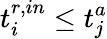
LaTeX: t_{i}^{r,in}\leq t_{j}^{a}